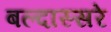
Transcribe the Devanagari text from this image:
बल्दास्सरे